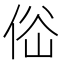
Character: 𠉚